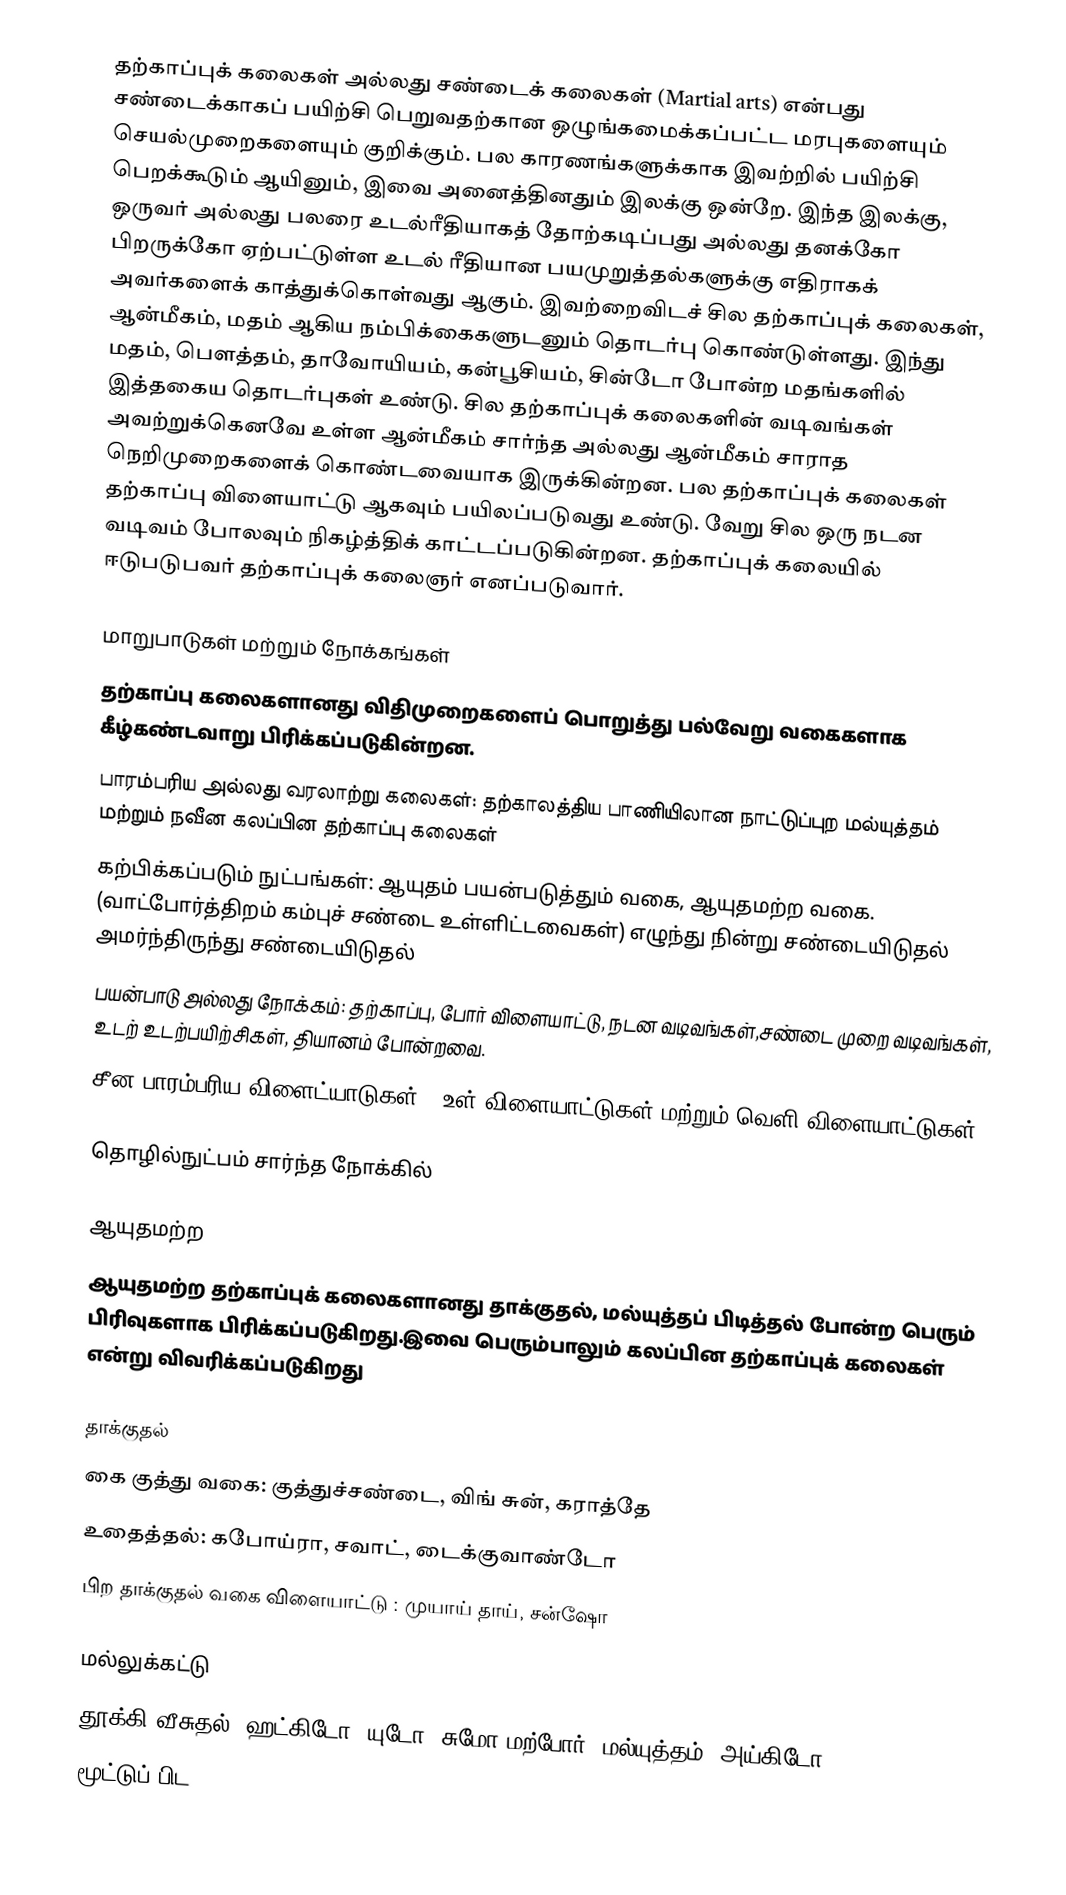
தற்காப்புக் கலைகள் அல்லது சண்டைக் கலைகள் (Martial arts) என்பது சண்டைக்காகப் பயிற்சி பெறுவதற்கான ஒழுங்கமைக்கப்பட்ட மரபுகளையும் செயல்முறைகளையும் குறிக்கும். பல காரணங்களுக்காக இவற்றில் பயிற்சி பெறக்கூடும் ஆயினும், இவை அனைத்தினதும் இலக்கு ஒன்றே. இந்த இலக்கு, ஒருவர் அல்லது பலரை உடல்ரீதியாகத் தோற்கடிப்பது அல்லது தனக்கோ பிறருக்கோ ஏற்பட்டுள்ள உடல் ரீதியான பயமுறுத்தல்களுக்கு எதிராகக் அவர்களைக் காத்துக்கொள்வது ஆகும். இவற்றைவிடச் சில தற்காப்புக் கலைகள், ஆன்மீகம், மதம் ஆகிய நம்பிக்கைகளுடனும் தொடர்பு கொண்டுள்ளது. இந்து மதம், பௌத்தம், தாவோயியம், கன்பூசியம், சின்டோ போன்ற மதங்களில் இத்தகைய தொடர்புகள் உண்டு. சில தற்காப்புக் கலைகளின் வடிவங்கள் அவற்றுக்கெனவே உள்ள ஆன்மீகம் சார்ந்த அல்லது ஆன்மீகம் சாராத நெறிமுறைகளைக் கொண்டவையாக இருக்கின்றன. பல தற்காப்புக் கலைகள் தற்காப்பு விளையாட்டு ஆகவும் பயிலப்படுவது உண்டு. வேறு சில ஒரு நடன வடிவம் போலவும் நிகழ்த்திக் காட்டப்படுகின்றன. தற்காப்புக் கலையில் ஈடுபடுபவர் தற்காப்புக் கலைஞர் எனப்படுவார்.

மாறுபாடுகள் மற்றும் நோக்கங்கள்
தற்காப்பு கலைகளானது விதிமுறைகளைப் பொறுத்து பல்வேறு வகைகளாக கீழ்கண்டவாறு பிரிக்கப்படுகின்றன.
பாரம்பரிய அல்லது வரலாற்று கலைகள்: தற்காலத்திய பாணியிலான  நாட்டுப்புற மல்யுத்தம் மற்றும் நவீன கலப்பின தற்காப்பு கலைகள்
கற்பிக்கப்படும் நுட்பங்கள்: ஆயுதம் பயன்படுத்தும் வகை, ஆயுதமற்ற  வகை. (வாட்போர்த்திறம் கம்புச் சண்டை உள்ளிட்டவைகள்) எழுந்து நின்று சண்டையிடுதல் அமர்ந்திருந்து சண்டையிடுதல்
பயன்பாடு அல்லது நோக்கம்: தற்காப்பு, போர் விளையாட்டு, நடன வடிவங்கள்,சண்டை முறை வடிவங்கள், உடற் உடற்பயிற்சிகள், தியானம் போன்றவை.
சீன பாரம்பரிய விளைட்யாடுகள் : உள் விளையாட்டுகள் மற்றும் வெளி விளையாட்டுகள்

தொழில்நுட்பம் சார்ந்த நோக்கில்

ஆயுதமற்ற
ஆயுதமற்ற தற்காப்புக் கலைகளானது தாக்குதல், மல்யுத்தப் பிடித்தல் போன்ற பெரும் பிரிவுகளாக பிரிக்கப்படுகிறது.இவை பெரும்பாலும் கலப்பின தற்காப்புக் கலைகள் என்று விவரிக்கப்படுகிறது

தாக்குதல்
கை குத்து வகை: குத்துச்சண்டை, விங் சுன், கராத்தே
உதைத்தல்: கபோய்ரா, சவாட், டைக்குவாண்டோ
பிற தாக்குதல் வகை விளையாட்டு : முயாய் தாய், சன்ஷோ

மல்லுக்கட்டு
தூக்கி வீசுதல்: ஹட்கிடோ, யுடோ, சுமோ மற்போர், மல்யுத்தம், அய்கிடோ
மூட்டுப் பிட